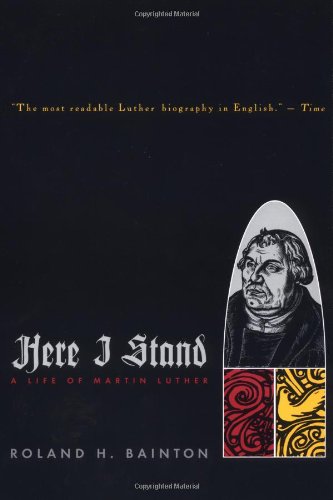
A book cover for Here I Stand: A Life of Martin Luther; Roland H. Bainton; Christian Books & Bibles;